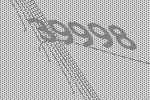
39998